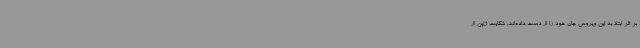
بر اثر ابتلا به این ویروس جان خود را از دست داده‌اند. شکایت ژاپن از